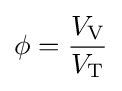
\phi ={\frac {V_{\mathrm {V} }}{V_{\mathrm {T} }}}